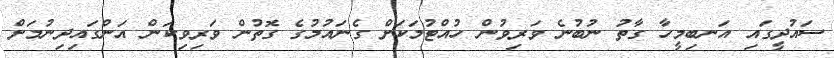
ސައުދީގައި އަނބިމީހާ ގާތު ނުބުނެ ވަރިވުން ހުއްޓުމަކަށް ގެނައުމުގެ ގޮތުން ވަރިވިކަން އަންގައިދިނުމަށް